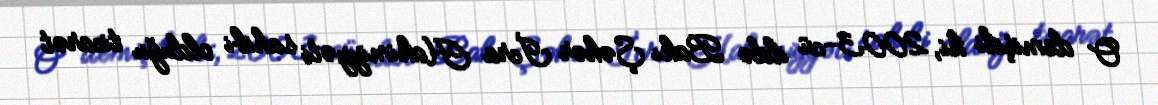
O demişdi ki, 2003-cü ildə Bakı Şəhər İcra Hakimiyyəti sahibi olduğu ticarət